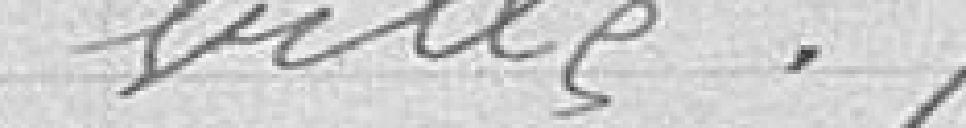
ville.